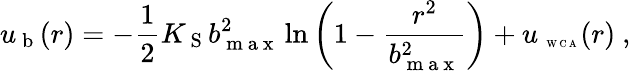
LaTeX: u_{\mathrm{~b~}}(r)=-\frac{1}{2}K_{\mathrm{~S~}}b_{\mathrm{~m~a~x~}}^{2}\ln\left(1-\frac{r^{2}}{b_{\mathrm{~m~a~x~}}^{2}}\right)+u_{\mathrm{~\tiny~W~C~A~}}(r)~,